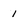
Character: 1